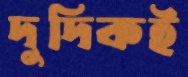
দুদিকই